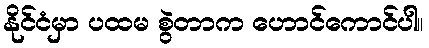
နိုင်ငံမှာ ပထမ စွဲတာက ဟောင်ကောင်ပါ။